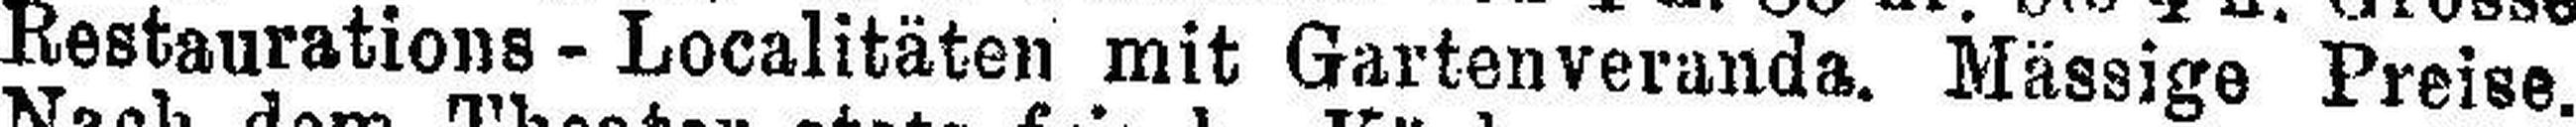
Restaurations - Localitäten mit Gartenveranda. Mässige Preise.